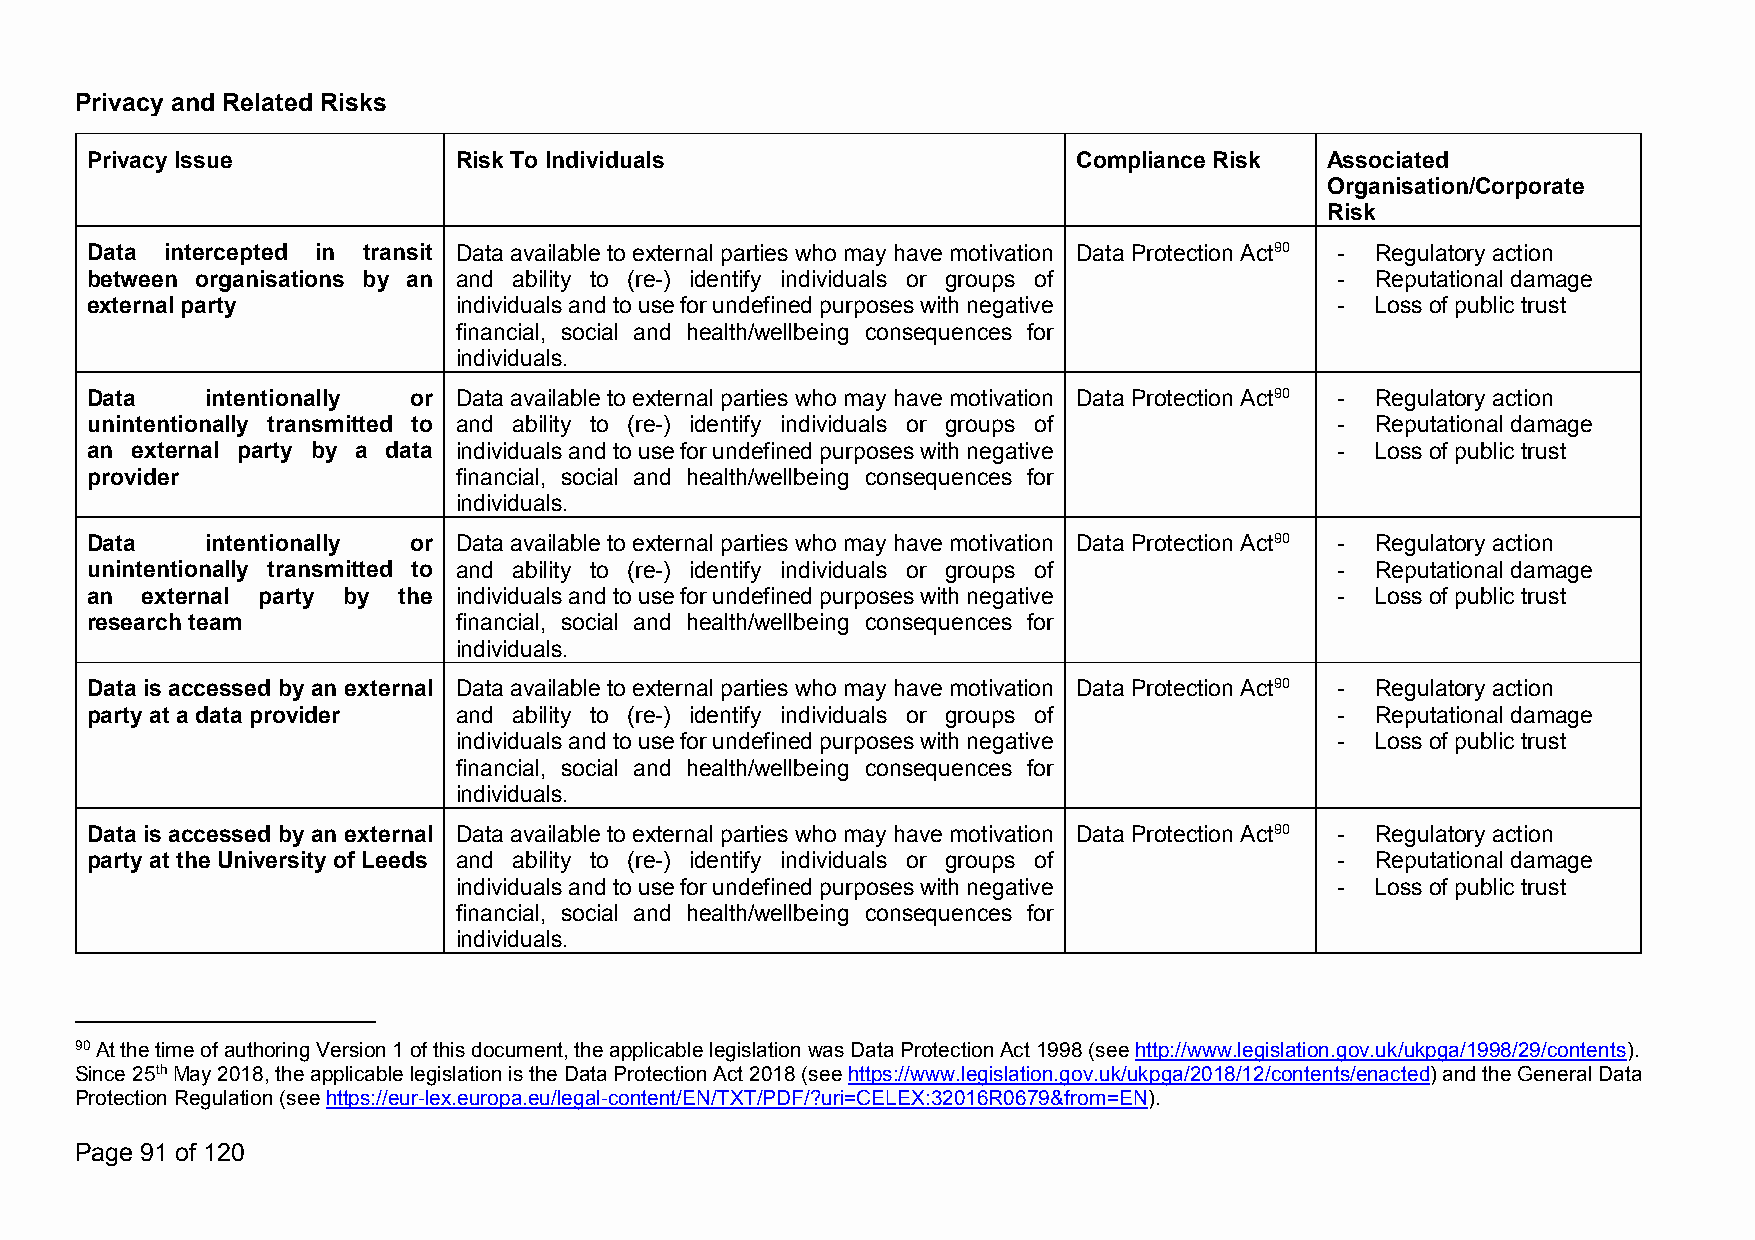
Privacy and Related Risks
 PrivacyIssue            Risk To Individuals                      ComplianceRisk   Associated
 Organisation/Corporate
 Risk
 Data intercepted in transit Data available toexternal partieswho mayhavemotivation Data ProtectionAct90 - Regulatoryaction
 between organisations by an and ability to (re-) identify individuals or groups of - Reputational damage
 external party          individualsandtouseforundefinedpurposeswithnegative        - Loss of public trust
 financial, social and health/wellbeing consequences for
 individuals.
 Data    intentionally or Data available toexternal partieswho mayhavemotivation Data ProtectionAct90 - Regulatoryaction
 unintentionally transmitted to and ability to (re-) identify individuals or groups of - Reputational damage
 an external party by a data individualsandtouseforundefinedpurposeswithnegative    - Loss of public trust
 provider                financial, social and health/wellbeing consequences for
 individuals.
 Data    intentionally or Data available toexternal partieswho mayhavemotivation Data ProtectionAct90 - Regulatoryaction
 unintentionally transmitted to and ability to (re-) identify individuals or groups of - Reputational damage
 an external party by the individualsandtouseforundefinedpurposeswithnegative       - Loss of public trust
 researchteam            financial, social and health/wellbeing consequences for
 individuals.
 Data is accessed byan external Data available toexternal partieswho mayhavemotivation Data ProtectionAct90 - Regulatoryaction
 partyat a dataprovider  and ability to (re-) identify individuals or groups of     - Reputational damage
 individualsandtouseforundefinedpurposeswithnegative        - Loss of public trust
 financial, social and health/wellbeing consequences for
 individuals.
 Data is accessed byan external Data available toexternal partieswho mayhavemotivation Data ProtectionAct90 - Regulatoryaction
 partyat the Universityof Leeds and ability to (re-) identify individuals or groups of - Reputational damage
 individualsandtouseforundefinedpurposeswithnegative        - Loss of public trust
 financial, social and health/wellbeing consequences for
 individuals.
 90AtthetimeofauthoringVersion1ofthisdocument,theapplicablelegislationwasDataProtectionAct1998(seehttp://www.legislation.gov.uk/ukpga/1998/29/contents).
 Since25thMay2018,theapplicablelegislationistheDataProtectionAct2018(seehttps://www.legislation.gov.uk/ukpga/2018/12/contents/enacted)andtheGeneralData
 ProtectionRegulation(seehttps://eur-lex.europa.eu/legal-content/EN/TXT/PDF/?uri=CELEX:32016R0679&from=EN).
 Page 91 of 120